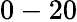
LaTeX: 0-20